system: You are a helpful assistant.
user:
Analyze the provided spectrum to determine if it is a **White Dwarf (WD)**.

A White Dwarf spectrum is defined by its **extreme purity** (due to gravitational settling) and/or **extreme pressure broadening** (due to high surface gravity). You must check for one of the following mutually exclusive signatures:

- **Key Visual Indicators (Check for ONE of these types):**

    - **1. DA-Type Signature (Most Common):**
        - **(Primary Feature):** Extreme pressure broadening (Stark broadening) of the **Hydrogen (H) Balmer lines**.
        - **(Key Lines):** $H\beta$ (approx. $4861$ Å) and $H\gamma$ (approx. $4340$ Å). $H\alpha$ (approx. $6563$ Å) will also be present if the wavelength range covers it.
        - **(Line Profile):** This is the **defining feature**. The lines are **NOT** sharp. They appear as massive, **extremely broad and deep "troughs" or "dips"** in the spectrum, often hundreds of Ångströms wide. The continuum will appear to "scoop" down at these wavelengths.
        - **(Distinction):** Normal A-type or B-type stars have *narrow* and *sharp* Hydrogen lines. A DA White Dwarf's lines are unmistakably "smeared" or "blurry" from pressure.

    - **2. DB-Type Signature:**
        - **(Primary Feature):** Broad absorption lines from **Neutral Helium (He I)**. The spectrum must lack any visible Hydrogen lines.
        - **(Key Lines):** Look for broad absorption near $4471$ Å, $4921$ Å, and $5876$ Å.
        - **(Line Profile):** These lines are also significantly pressure-broadened, appearing much wider than they would in a normal B-type main-sequence star.

    - **3. DC-Type Signature:**
        - **(Primary Feature):** A **featureless continuous spectrum**.
        - **(Line Profile):** The spectrum is a smooth curve with **no significant absorption or emission lines**.
        - **(Key Confirmation):** The continuum is almost always **blue or white**, indicating a hot object. This signature implies the atmosphere is so pure (or so cool) that no spectral lines are visible in the optical range. Its WD identity is confirmed by its extremely low intrinsic brightness (high absolute magnitude).

    - **4. DZ-Type Signature (Metal-Polluted):**
        - **(Primary Feature):** **Isolated, narrow metal absorption lines** on an otherwise featureless (DC-like) continuum.
        - **(Key Lines):** The **Calcium (Ca II) H & K doublet** (approx. **$3934$ Å** and **$3968$ Å**) is the most common and defining feature.
        - **(Line Profile):** These lines are "out of place." They are *not* part of a "forest" of thousands of lines. This signature is evidence of recent *accretion* (pollution) from rocky debris.
        - **(Distinction):** Normal G/K/M stars have a *dense forest* of thousands of metal lines. A DZ has a *clean* continuum with *only a few* strong metal lines.

    - **5. DQ-Type Signature (Carbon-Polluted):**
        - **(Primary Feature):** Absorption bands from **Carbon (C₂ "Swan Bands" or atomic C I)**.
        - **(Key Lines - C₂):** Look for bandheads with a "saw-tooth" shape near $5635$ Å, **$5165$ Å** (strongest), and $4737$ Å.
        - **(Key Confirmation):** The underlying **continuum must be blue or white** (hot).
        - **(Distinction):** This is the critical difference from a **Carbon Star**, which has the *exact same* C₂ bands but on an extremely **red, cool** continuum.

- **(Overall Spectrum):**
    - The continuum (overall shape) is typically **blue-sloping** (brighter in the blue than the red), as most white dwarfs are very hot.
    - The spectrum will look "pure" or "simple," dominated by only *one* of the five signatures listed above.

Think first, call **spectral_visualization_tool** if needed to examine features in detail, then provide your final answer. Your response must adhere to the following strict rules:
1.  **Overall Structure:** Your response must follow the format `<think>...</think> <tool_call>...</tool_call> (if a tool is used) <answer>...</answer>`.
2.  **Tool Usage Constraint:** You may only make **one** tool call per turn.
3.  **Final Answer Format:** In the `<answer>` tag, your conclusion must be inside a `\boxed{}` command (e.g., `\boxed{YES}` or `\boxed{NO}`), followed by your justification.

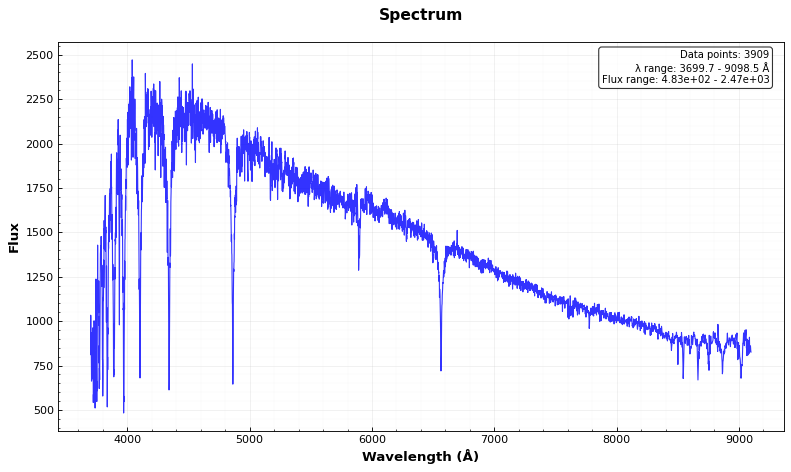
Answer: NO